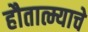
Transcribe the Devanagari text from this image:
हौतात्म्याचे